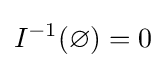
I^{-1}(\varnothing )=0